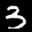
Label: 3